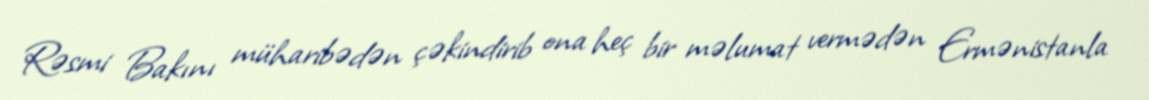
Rəsmi Bakını müharibədən çəkindirib ona heç bir məlumat vermədən Ermənistanla